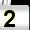
Digit: 2